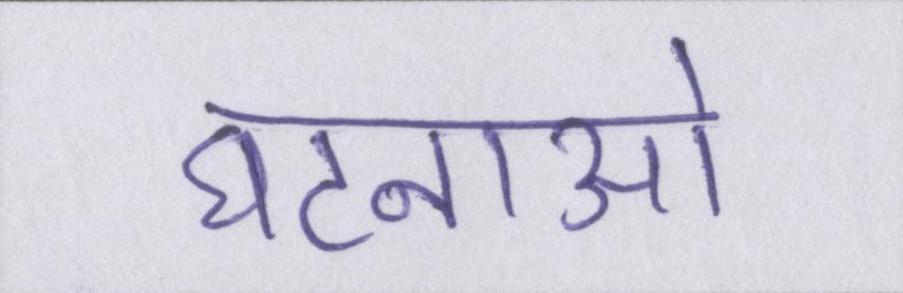
घटनाओ